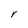
Character: r